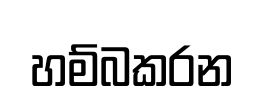
හම්බකරන